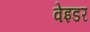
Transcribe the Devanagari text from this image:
वेइडर